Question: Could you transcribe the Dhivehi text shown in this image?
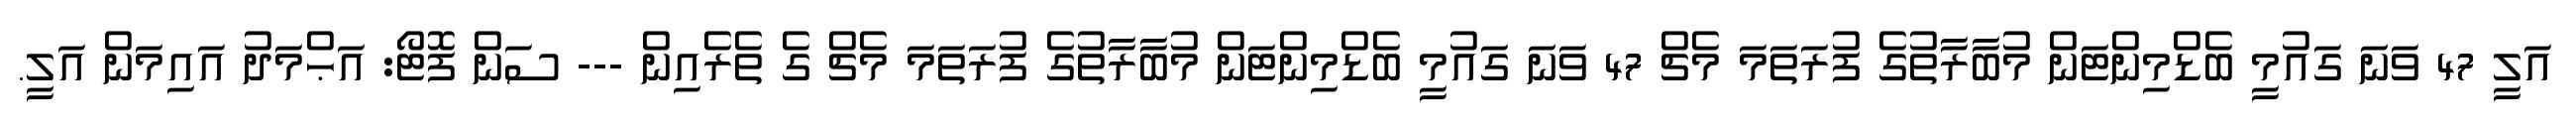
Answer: އަލީ 47 ވަނަ ގައުމީ ބެޑްމިންޓަން މުބާރާތުގެ ފުރަތަމަ މެޗް 47 ވަނަ ގައުމީ ބެޑްމިންޓަން މުބާރާތުގެ ފުރަތަމަ މެޗް ގެ ތެރެއިން --- ސަން ފޮޓޯ: އަޙްމަދު އައިމަން އަލީ.